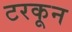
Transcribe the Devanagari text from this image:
टरकून